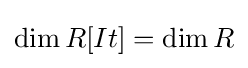
\dim R[It]=\dim R